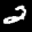
Label: 2